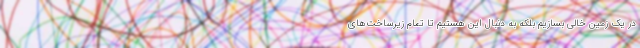
در یک زمین خالی بسازیم بلکه به دنبال این هستیم تا تمام زیرساخت‌های